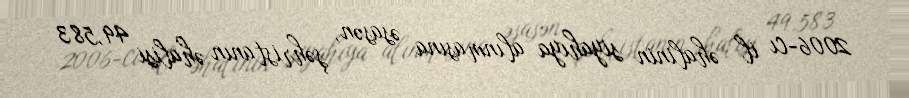
2006-cı il əhalinin siyahıya alınmasına əsasən, şəhristanın əhalisi 49,583